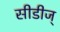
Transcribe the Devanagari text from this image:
सीडीज्